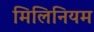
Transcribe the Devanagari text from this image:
मिलिनियम